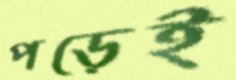
পড়েই